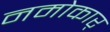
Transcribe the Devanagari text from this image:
नमोकार्